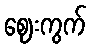
ဈေးကွက်